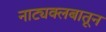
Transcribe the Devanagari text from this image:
नाट्यक्लबातून